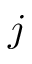
j